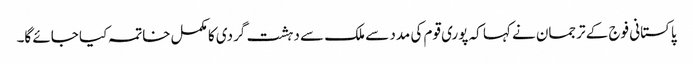
پاکستانی فوج کے ترجمان نے کہا کہ پوری قوم کی مدد سے ملک سے دہشت گردی کا مکمل خاتمہ کیا جائے گا۔